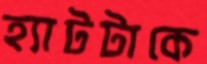
হ্যাটটাকে